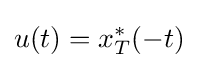
u(t)=x_{T}^{*}(-t)